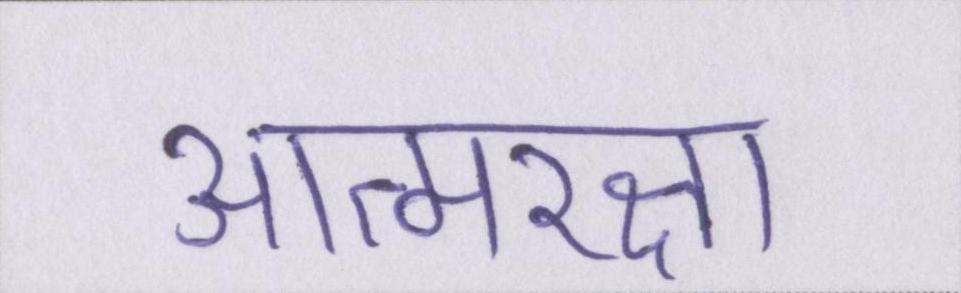
आत्मरक्षा